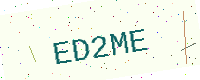
Text: ED2ME